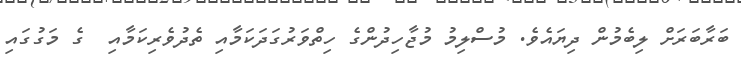
ބަރާބަރަށް ލިބެމުން ދިޔައެވެ. މުސްލިމު މުޖާހިދުންގެ ހިތްވަރުގަދަކަމާއި ތެދުވެރިކަމާއި  ގެ މަގުގައި